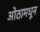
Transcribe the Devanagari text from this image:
ओठामधून